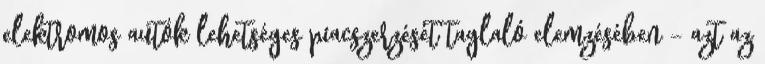
elektromos autók lehetséges piacszerzését taglaló elemzésében – azt az